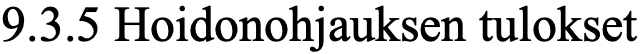
9.3.5 Hoidonohjauksen tulokset